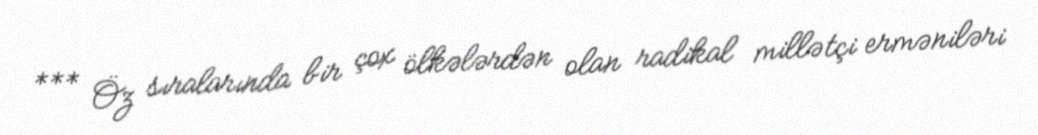
*** Öz sıralarında bir çox ölkələrdən olan radikal millətçi erməniləri